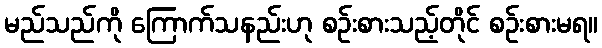
မည်သည်ကို ကြောက်သနည်းဟု စဉ်းစားသည့်တိုင် စဉ်းစားမရ။